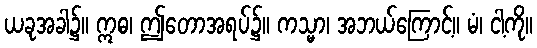
ယခုအခါ၌။ ဣဓ၊ ဤတောအရပ်၌။ ကသ္မာ၊ အဘယ်ကြောင့်။ မံ၊ ငါ့ကို။